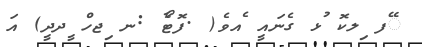
ޭފ ިލކޮ ުޅ ގެނައީ ެއވެ( .ފޮޓޯާ :ނ ިޖހް ީދދީ) އަ